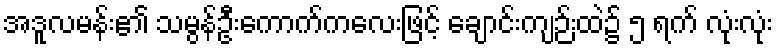
အဒူလမန်း၏ သမွန်ဦးကောက်ကလေးဖြင့် ချောင်းကျဉ်းထဲ၌ ၅ ရက် လုံးလုံး